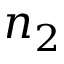
n _ { 2 }